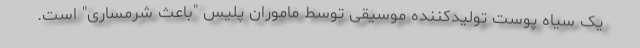
یک سیاه پوست تولیدکننده موسیقی توسط ماموران پلیس "باعث شرمساری" است.